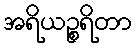
အရိယဉ္စရိတာ